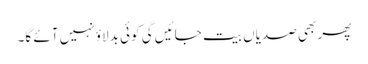
پھر بھی صدیاں بیت جائیں گی کوئی بدلاؤ نہیں آئے گا۔